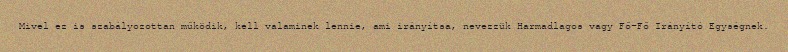
Mivel ez is szabályozottan működik, kell valaminek lennie, ami irányítsa, nevezzük Harmadlagos vagy Fő-Fő Irányító Egységnek.